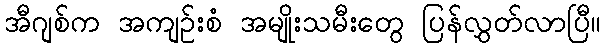
အီဂျစ်က အကျဉ်းစံ အမျိုးသမီးတွေ ပြန်လွှတ်လာပြီ။